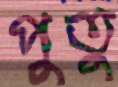
পুতু